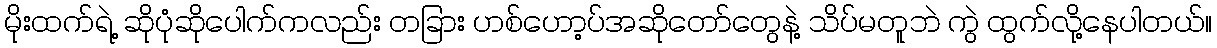
မိုးထက်ရဲ့ ဆိုပုံဆိုပေါက်ကလည်း တခြား ဟစ်ဟော့ပ်အဆိုတော်တွေနဲ့ သိပ်မတူဘဲ ကွဲ ထွက်လို့နေပါတယ်။